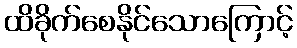
ထိခိုက်စေနိုင်သောကြောင့်